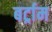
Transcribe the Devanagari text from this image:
बर्ट्राम